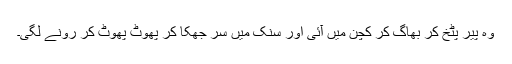
وہ پیر پٹخ کر بھاگ کر کچن میں آئی اور سنک میں سر جھکا کر پھوٹ پھوٹ کر رونے لگی۔